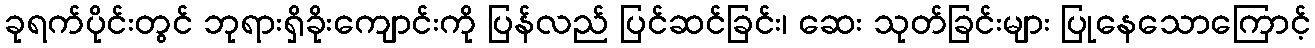
ခုရက်ပိုင်းတွင် ဘုရားရှိခိုးကျောင်းကို ပြန်လည် ပြင်ဆင်ခြင်း၊ ဆေး သုတ်ခြင်းများ ပြုနေသောကြောင့်